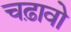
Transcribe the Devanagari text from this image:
चढ़ावो